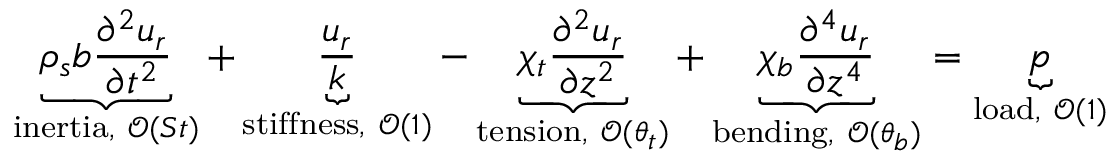
\underbrace { \rho _ { s } b \frac { \partial ^ { 2 } u _ { r } } { \partial t ^ { 2 } } } _ { \mathrm { i n e r t i a } , ~ \mathcal { O } ( S t ) } + \underbrace { \frac { u _ { r } } { k } } _ { \mathrm { s t i f f n e s s } , ~ \mathcal { O } ( 1 ) } - \underbrace { \chi _ { t } \frac { \partial ^ { 2 } u _ { r } } { \partial z ^ { 2 } } } _ { \mathrm { t e n s i o n } , ~ \mathcal { O } ( \theta _ { t } ) } + \underbrace { \chi _ { b } \frac { \partial ^ { 4 } u _ { r } } { \partial z ^ { 4 } } } _ { \mathrm { b e n d i n g } , ~ \mathcal { O } ( \theta _ { b } ) } = \underbrace { p } _ { \mathrm { l o a d } , ~ \mathcal { O } ( 1 ) }